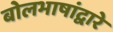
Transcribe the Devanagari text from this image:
बोलभाषांद्वारे